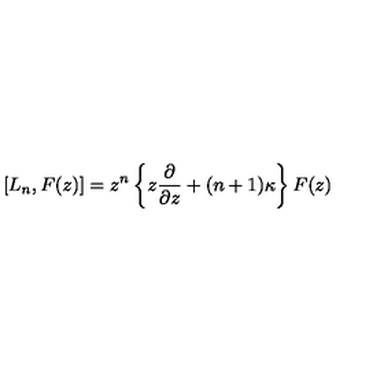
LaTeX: [ L _ { n } , F ( z ) ] = z ^ { n } \left\{ z \frac { \partial } { \partial z } + ( n + 1 ) \kappa \right\} F ( z )